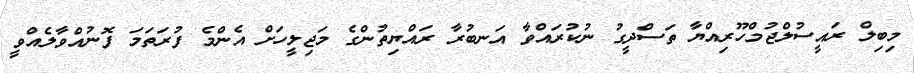
މިބިލް ރައީސުލްޖުމްހޫރިއްޔާ ތަސްދީގު ނުކުރައްވާ އަނބުރާ ރައްޔިތުންގެ މަޖިލީހަށް އެންމެ ފުރަތަމަ ފޮނުއްވާލެއްވީ